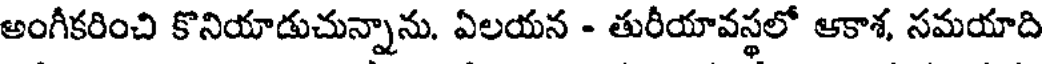
అంగీకరించి కొనియాడుచున్నాను. ఏలయన - తురీయావస్థలో ఆకాశ, సమయాది